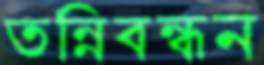
তন্নিবন্ধন